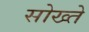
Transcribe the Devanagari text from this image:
सोख्ते